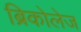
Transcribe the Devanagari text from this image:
ब्रिकोलेज